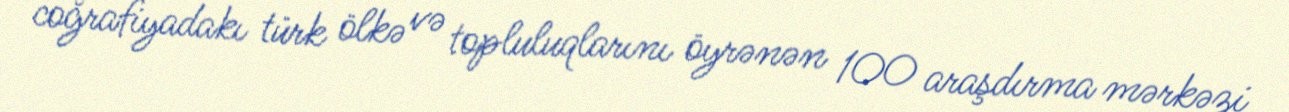
coğrafiyadakı türk ölkə və topluluqlarını öyrənən 100 araşdırma mərkəzi